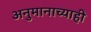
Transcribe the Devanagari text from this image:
अनुमानाच्याही